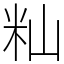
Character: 籼